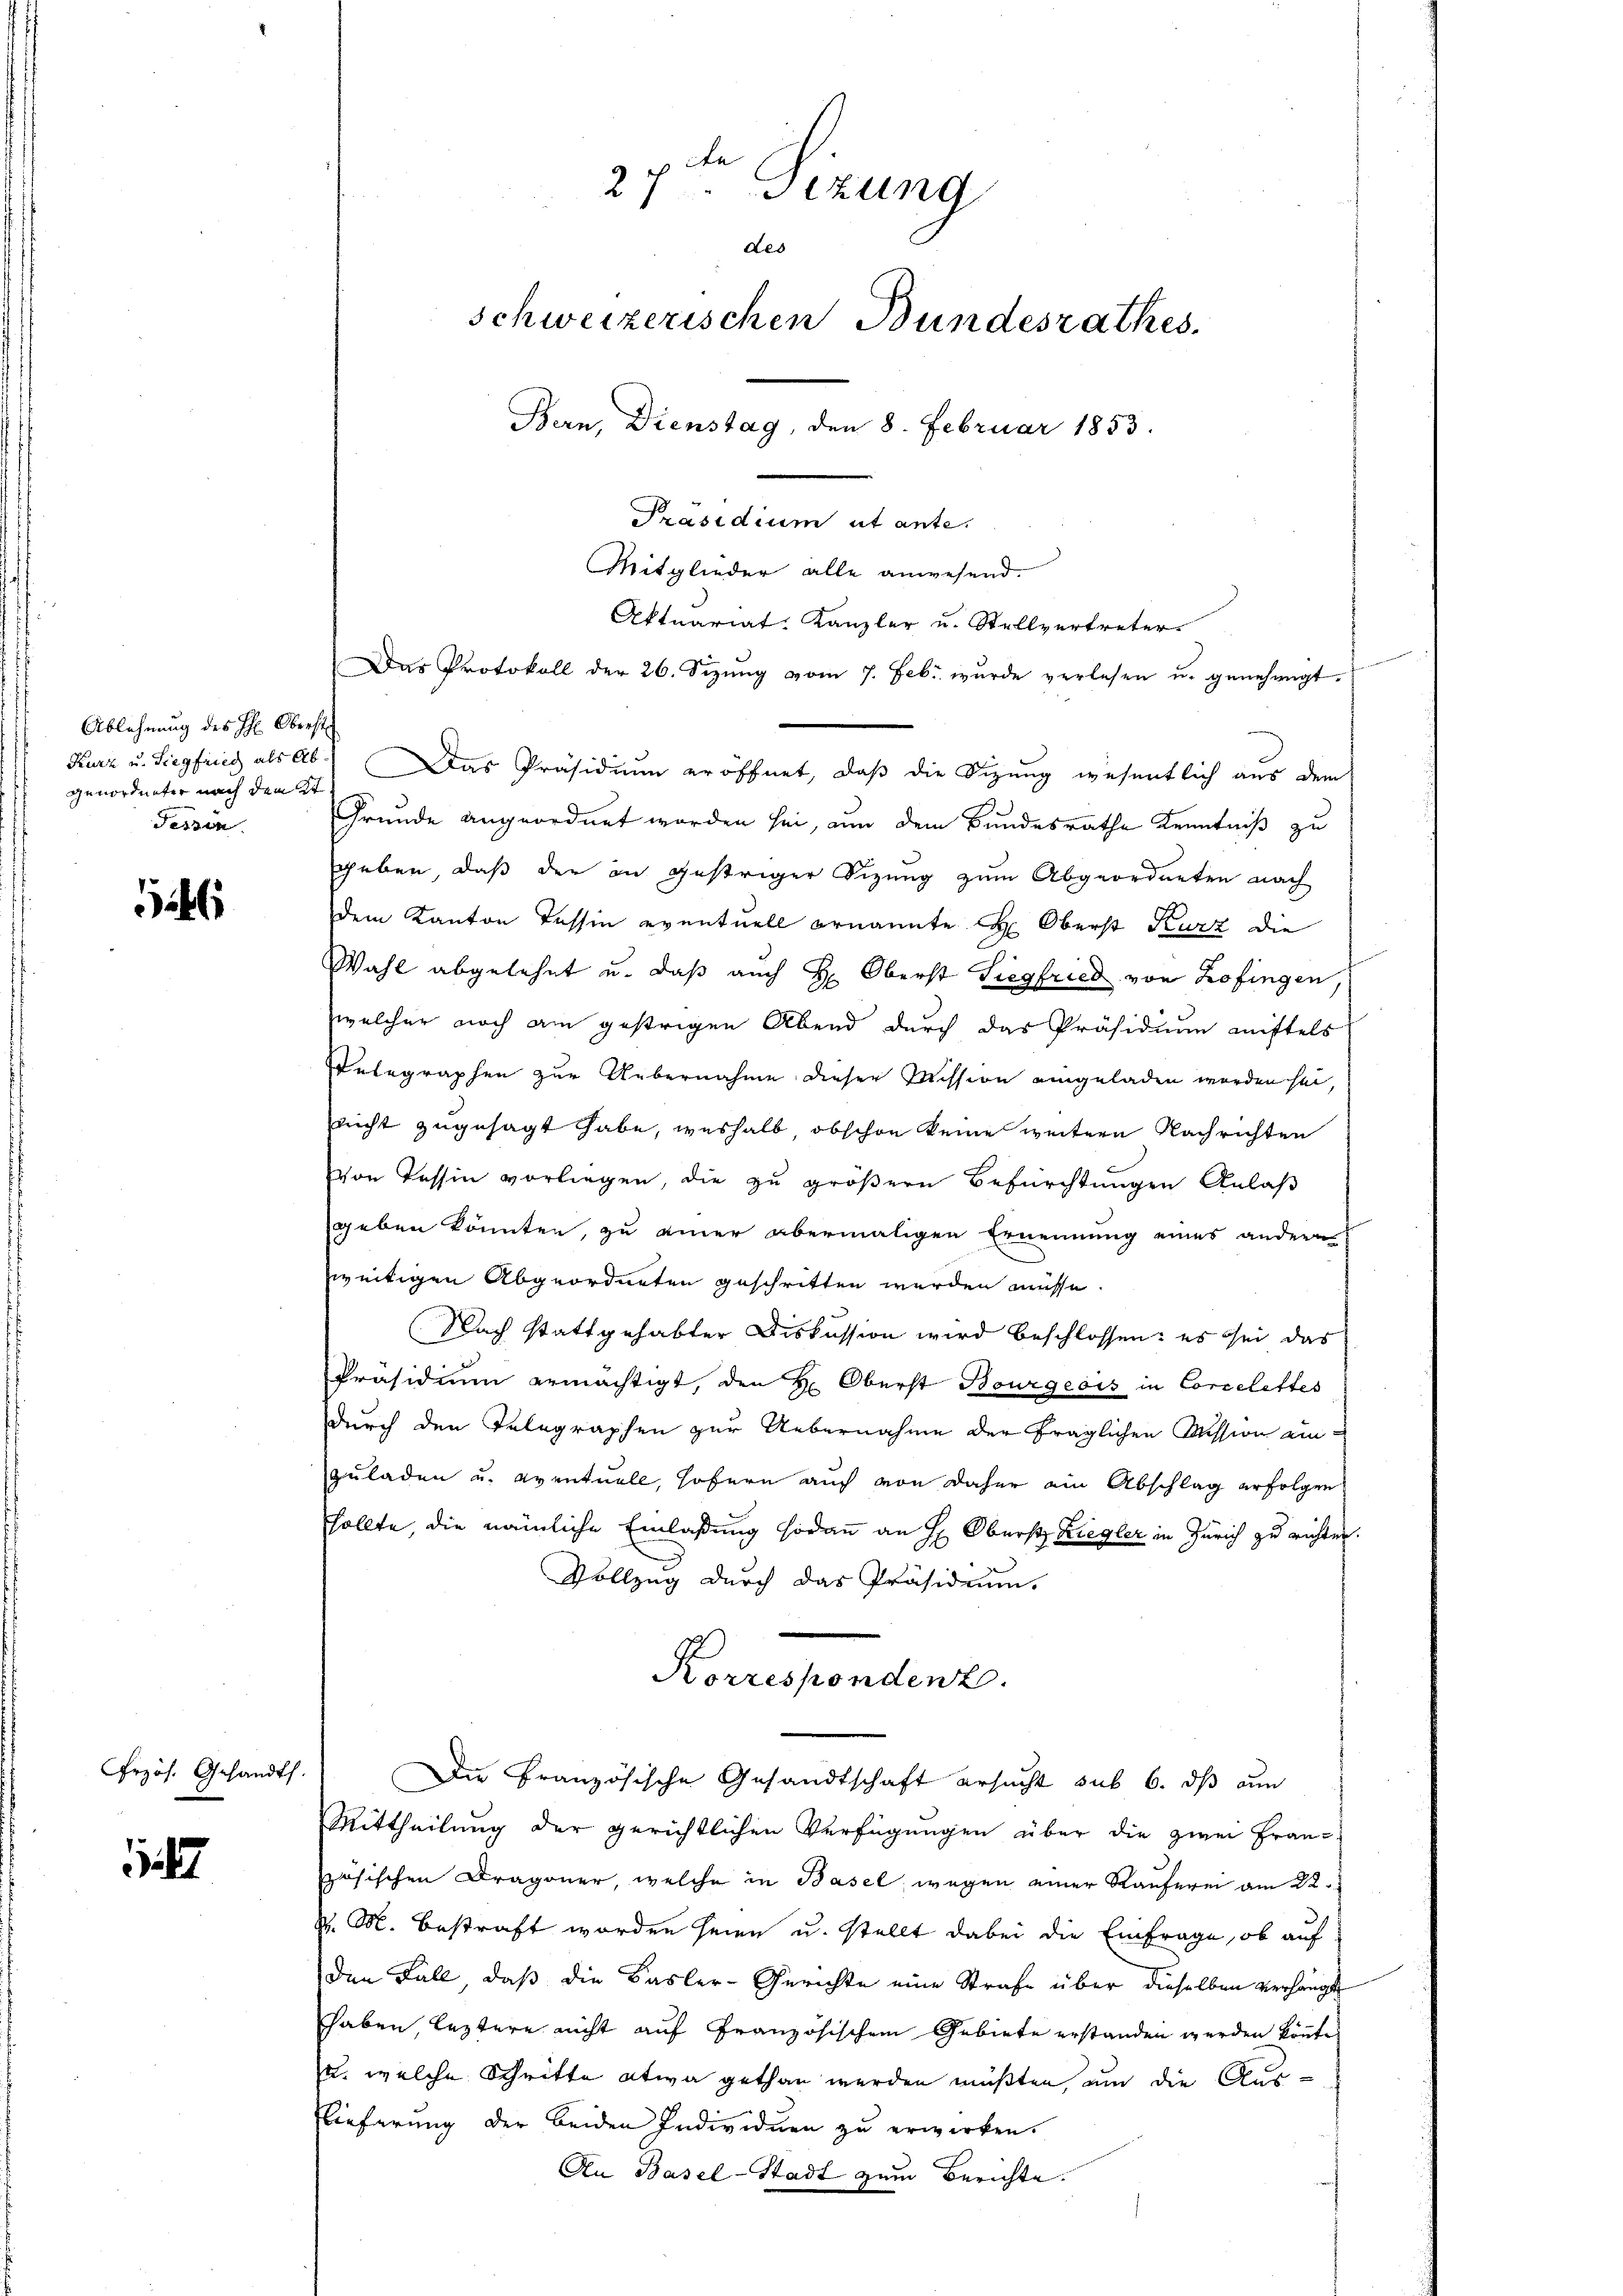
Ablehnung des H: Oberst
Kurz u. Siegfried als Abgenordneter nach dem Er
dessen

246

rzös. Gesandts

.

den
21
sizung
des
schweizerischen Bundesrathes.
Bern, Dienstag, den 8. Februar 1853.
Präsidium ut ante.
Mitglieder alle anwesend.
Aktuariat. Kanzler u. Stellvertreter.
Das Protokoll der 26. Sizŭng vom 7. Febr. wŭrde verlesen u. genehmigt.

Grunde angeordnet worden sei, an dem Bundesrathe Kenntniß zu
geben, daß der in gestriger Sizung zum Abgeordneten nach
dem Kanton Tessin eventuell ernannte Oberst Kurz die
Wahl abgelehnt u. daß auch H: Oberst Siegfried von Zofingen,
welcher noch am gestrigen Abend durch das Präsidium mittels
Telegraphen zur Uebernahme dieser Mission eingeladen worden sei
nicht zugesagt habe, weshalb, obschon keine weitere Nachrichten
Von Tessin vorliegen, die zu größern Befürchtungen Anlaß
geben könnten, zu einer abermaligen Ernennung eines andern
zweitigen Abgeordneten geschritten werden müsse.
Nach stattgehabter Diskussion wird beschlossen: es sei das
Präsidium ermächtigt, den Hr. Oberst Bourgeois in Corcelettes
durch den Telegraphen zur Uebernahme der fraglichen Mission am
zuladen u. eventuell, Hofern auch von daher ain Abschlag erfolgen
sollte, die nämliche Einlaßung sodann an H: Oberst Ziegler in Zürich zu richten
Vollzug durch das Präsidium.
Korrespondenz.
Die Französische Gesandtschaft ersucht sub 6. ds am
Mittheilung der gerichtlichen Verfügungen über die zwei Fran-
zösischen Dragoner, welche in Basel, wegen einer Käuferen am 22.
v. M. bestraft worden seien u. stellt dabei die Einfrage, ob auf
den Fall, daß die Basler-Gerichte eine Strafe über dieselben verhängte
haben, leztere nicht auf Französischen Gebiete erstanden werden könnte.
2. welche Schritte etwa gethan werden müßten, um die Aus¬
Lieferung der beiden Individuen zu erwirken.
An Basel-Stadt zum Berichte.

Das Präsidium eröffnet, daß die Sizung wesentlich aus dem